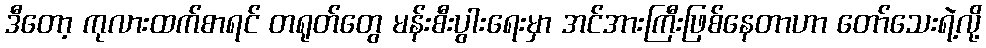
ဒီတော့ ကုလားထက်စာရင် တရုတ်တွေ မန်းစီးပွါးရေးမှာ အင်အားကြီးဖြစ်နေတာဟာ တော်သေးရဲ့လို့